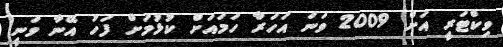
ވިކްޓަރީ އަށް 2009 ވަނަ އަހަރާ ހަމައަށް ކުޅުމަށް ފަހު އޭނާ ވަނީ